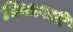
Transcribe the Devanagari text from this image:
भिलावती